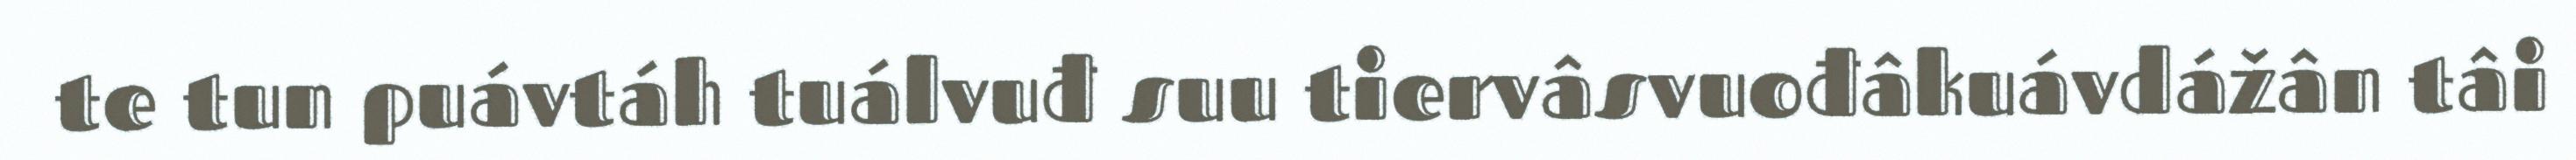
te tun puávtáh tuálvuđ suu tiervâsvuođâkuávdážân tâi